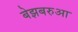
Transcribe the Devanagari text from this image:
बेझबरुआ